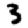
Digit: 3